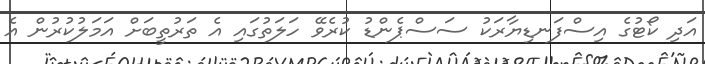
އަދި ކޯޓުގެ އިސްފަނޑިޔާރަކު ސަސްޕެންޑު ކުރެވޭ ހަލަތުގައި އެ ތަރުތީބަށް އަމަލުކުރުން އެ